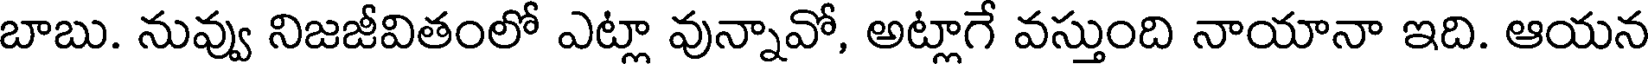
బాబు. నువ్వు నిజజీవితంలో ఎట్లా వున్నావో, అట్లాగే వస్తుంది నాయానా ఇది. ఆయన